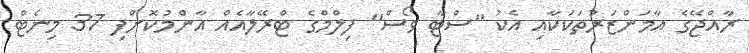
ރާއްޖޭގެ އާމަންޒަރުތަކަކާއި އެކު "ސްޓާ ވޯސް" ފިލްމްގެ ޓްރޭލާއެއް އާންމުކޮށްފި 37 މިނެޓް